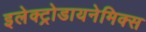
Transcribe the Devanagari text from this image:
इलेक्ट्रोडायनेमिक्स